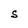
Character: S